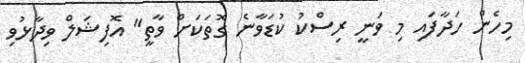
މިހެން ހަދާފައި މި ވަނީ ރިސްކު ކުޑަވާނެ ގޮތަކަށް ވާތީ" އޮފިޝަލް ވިދާޅުވި